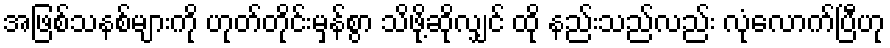
အဖြစ်သနစ်များကို ဟုတ်တိုင်းမှန်စွာ သိဖို့ဆိုလျှင် ထို နည်းသည်လည်း လုံလောက်ပြီဟု